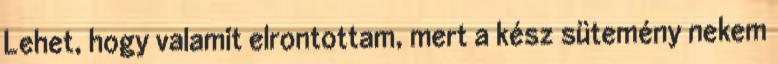
Lehet, hogy valamit elrontottam, mert a kész sütemény nekem